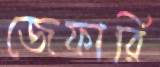
জেফারি